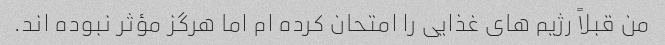
من قبلاً رژیم های غذایی را امتحان کرده ام اما هرگز مؤثر نبوده اند.